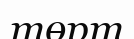
төрт